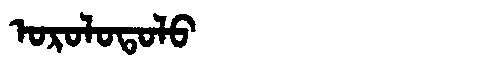
Manchu: ᠣᡵᠣᠯᠣᡨᠣᠯᠣ
Romanization: OROLOTOLO